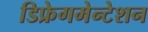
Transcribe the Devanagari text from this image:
डिफ्रेगमेन्टेशन